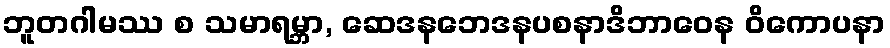
ဘူတဂါမဿ စ သမာရမ္ဘာ, ဆေဒနဘေဒနပစနာဒိဘာဝေန ဝိကောပနာ